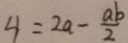
4 = 2 a - \frac { a b } { 2 }